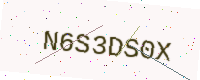
Text: N6S3DS0X